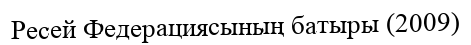
Ресей Федерациясының батыры (2009)